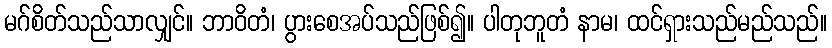
မဂ်စိတ်သည်သာလျှင်။ ဘာဝိတံ၊ ပွားစေအပ်သည်ဖြစ်၍။ ပါတုဘူတံ နာမ၊ ထင်ရှားသည်မည်သည်။